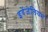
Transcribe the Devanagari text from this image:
इवेंजेलियम